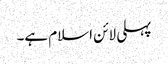
پہلی لائن اسلام ہے۔